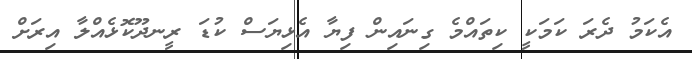
އެކަމު ދެރަ ކަމަކީ ކިތައްމެ ގިނައިން ފިޔާ އެޅިޔަސް ކުޑަ ރީނދޫކޮޅެއްލާ އިރަށް